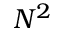
N ^ { 2 }